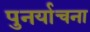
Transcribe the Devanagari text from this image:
पुनर्याचना